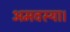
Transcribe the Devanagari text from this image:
अमवस्या।